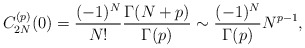
\begin{align*}C_{2N}^{(p)}(0) = {(-1)^N \over N!}{\Gamma(N+p)\over \Gamma(p)} \sim {(-1)^N \over \Gamma(p)} N^{p-1},\end{align*}